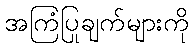
အကြံပြုချက်များကို